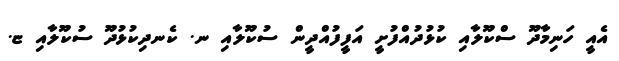
އެއީ ހަނިމާދޫ ސްކޫލާއި ކުޅުދުއްފުށީ އަފީފުއްދީން ސުކޫލާއި ނ. ކެނދިކުޅުދޫ ސުކޫލާއި ޏ.